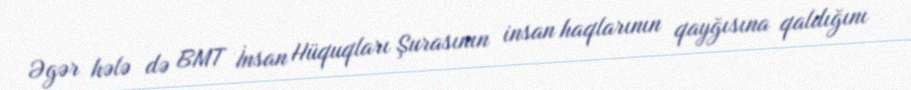
Əgər hələ də BMT İnsan Hüquqları Şurasının insan haqlarının qayğısına qaldığını